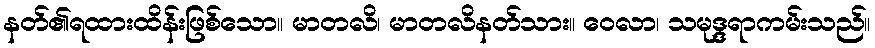
နတ်၏ရထားထိန်းဖြစ်သော။ မာတလိ၊ မာတလိနတ်သား။ ဝေလာ၊ သမုဒ္ဒရာကမ်းသည်။